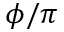
\phi / \pi